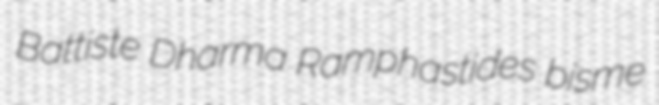
Battiste Dharma Ramphastides bisme